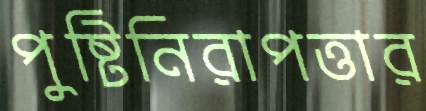
পুষ্টিনিরাপত্তার